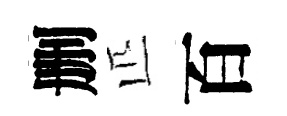
删匹百